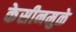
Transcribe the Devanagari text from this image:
केसीनमुळे